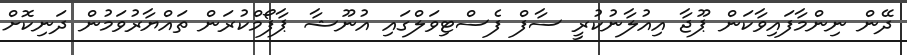
ދޭން ނިންމާފައިވާކަން ޕޫޖާ އިއުލާނުކުރީ ސާފް ފެސްޓިވަލްގައި އުނޫޝާ ޕާފޯމްކުރަން ތައްޔާރުވަމުން ދަނިކޮށް